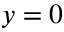
y = 0